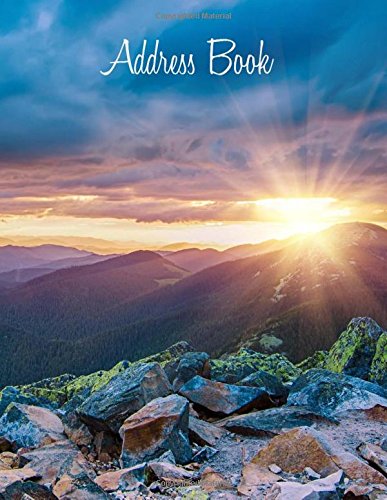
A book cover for Address Book (Big Print, Extra Large Paperback Address Books-Mountain Sunset Cover Design) (Volume 89); Creative Planners; Business & Money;